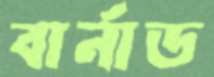
বার্নাড